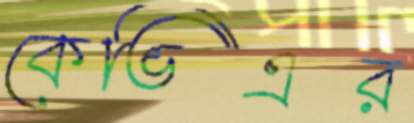
কেভিএর